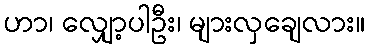
ဟာ၊ လျှော့ပါဦး၊ များလှချေလား။